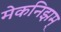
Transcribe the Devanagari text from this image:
मेकनिझम्